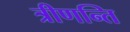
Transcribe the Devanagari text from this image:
त्रीणन्ति